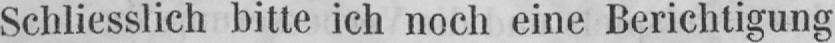
Schliesslich bitte ich noch eine Berichtigung